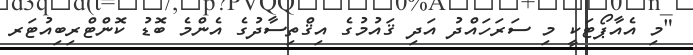
"މި އެއާޕޯޓަކީ މި ސަރަހައްދު އަދި ޤައުމުގެ އިޤްތިސާދުގެ އެންމެ ބޮޑު ކޮންޓްރިބިއުޓަރ